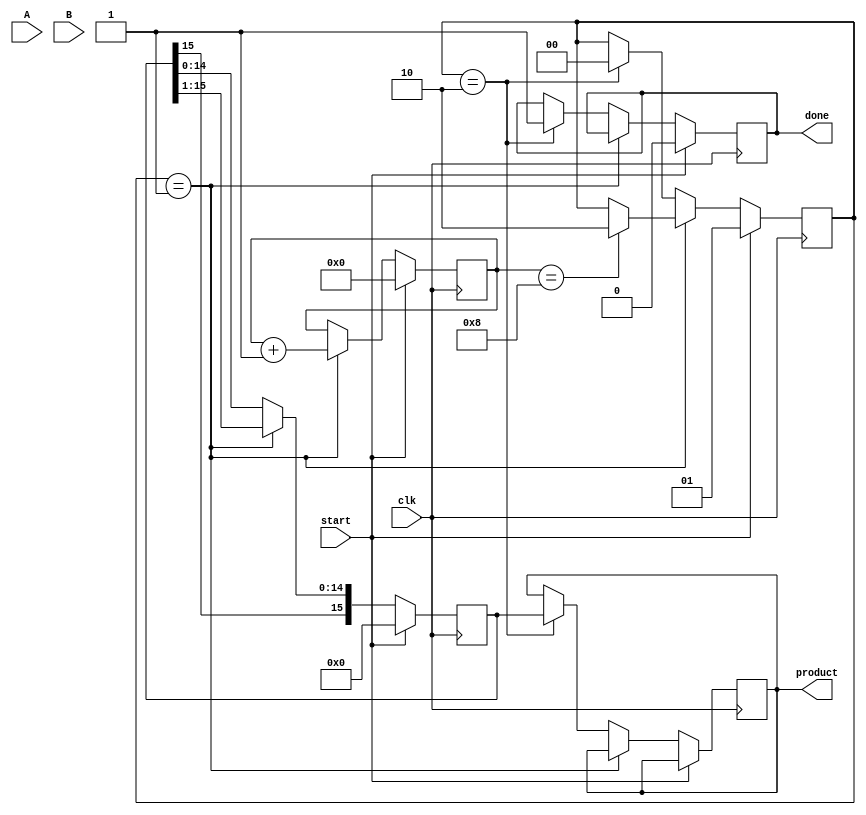
module modified_booth_multiplier #(parameter N = 8) (
    input signed [N-1:0] A,  // Multiplicand
    input signed [N-1:0] B,  // Multiplier
    output reg signed [2*N-1:0] product, // Product output
    input clk,
    input start,
    output reg done
);

    reg [N:0] A_ext;          // Sign-extended multiplicand
    reg [N-1:0] B_reg;        // Multiplier register
    reg [N:0] Q;              // Multiplier with an extra bit for Booth's algorithm
    reg [2*N-1:0] M;          // Multiplicand
    reg [2*N-1:0] P;          // Accumulator
    reg [3:0] count;          // Count for the number of bits processed
    reg [1:0] state;          // State for FSM

    // State definitions
    localparam IDLE = 2'b00,
               PROCESS = 2'b01,
               DONE = 2'b10;

    // Sign-extend the multiplicand
    always @(posedge clk) begin
        if (start) begin
            A_ext <= {A[N-1], A}; // Sign extend A
            B_reg <= B;
            Q <= 0;              // Initialize Q
            M <= {A_ext, 1'b0};  // Prepare M for addition/subtraction
            P <= 0;              // Initialize product
            count <= 0;         // Initialize count
            state <= PROCESS;    // Move to processing state
            done <= 0;           // Reset done signal
        end
        else if (state == PROCESS) begin
            case ({Q[0], B_reg[0]})
                2'b00: begin
                    // No operation
                    P <= P; // Keep accumulator unchanged
                end
                2'b01: begin
                    // Add multiplicand
                    P <= P + M;
                end
                2'b10: begin
                    // Subtract multiplicand
                    P <= P - M;
                end
                2'b11: begin
                    // No operation
                    P <= P; // Keep accumulator unchanged
                end
            endcase

            // Arithmetic right shift
            {P, Q} <= {P[2*N-1], P[2*N-1:1], Q[0], B_reg}; // Shift right
            B_reg <= {1'b0, B_reg[N-1:1]}; // Shift B right

            count <= count + 1; // Increment count

            // Check if all bits processed
            if (count == N) begin
                state <= DONE; // Move to done state
            end
        end
        else if (state == DONE) begin
            product <= P; // Store final product
            done <= 1;    // Set done signal
            state <= IDLE; // Reset state to IDLE
        end
    end

endmodule